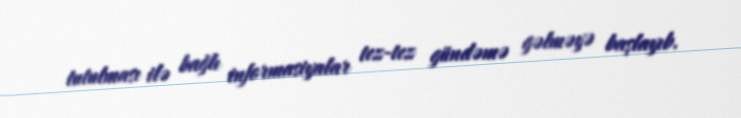
tutulması ilə bağlı informasiyalar tez-tez gündəmə gəlməyə başlayıb.